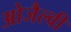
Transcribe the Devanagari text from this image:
ओजैल्वी